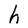
Character: h